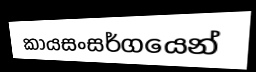
කායසංසර්ගයෙන්